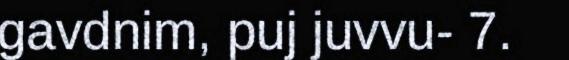
gavdnim, puj juvvu- 7.